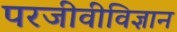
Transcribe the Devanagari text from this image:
परजीवीविज्ञान